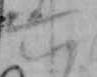
六